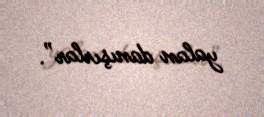
yalan danışırlar”.